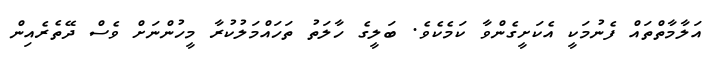
އަލާމާތްތައް ފެނުމަކީ އެކަށީގެންވާ ކަމެކެވެ. ބަލީގެ ހާލަތު ތަހައްމަލުކުރާ މީހުންނަށް ވެސް ދޭތެރެއިން